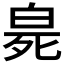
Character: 𤽨